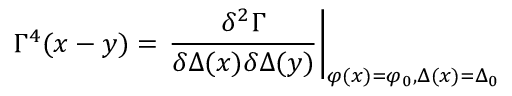
\Gamma ^ { 4 } ( x - y ) = \left. \frac { \delta ^ { 2 } \Gamma } { \delta \Delta ( x ) \delta \Delta ( y ) } \right| _ { \varphi ( x ) = \varphi _ { 0 } , \Delta ( x ) = \Delta _ { 0 } }